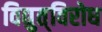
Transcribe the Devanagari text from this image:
विद्युत्‌विरोध